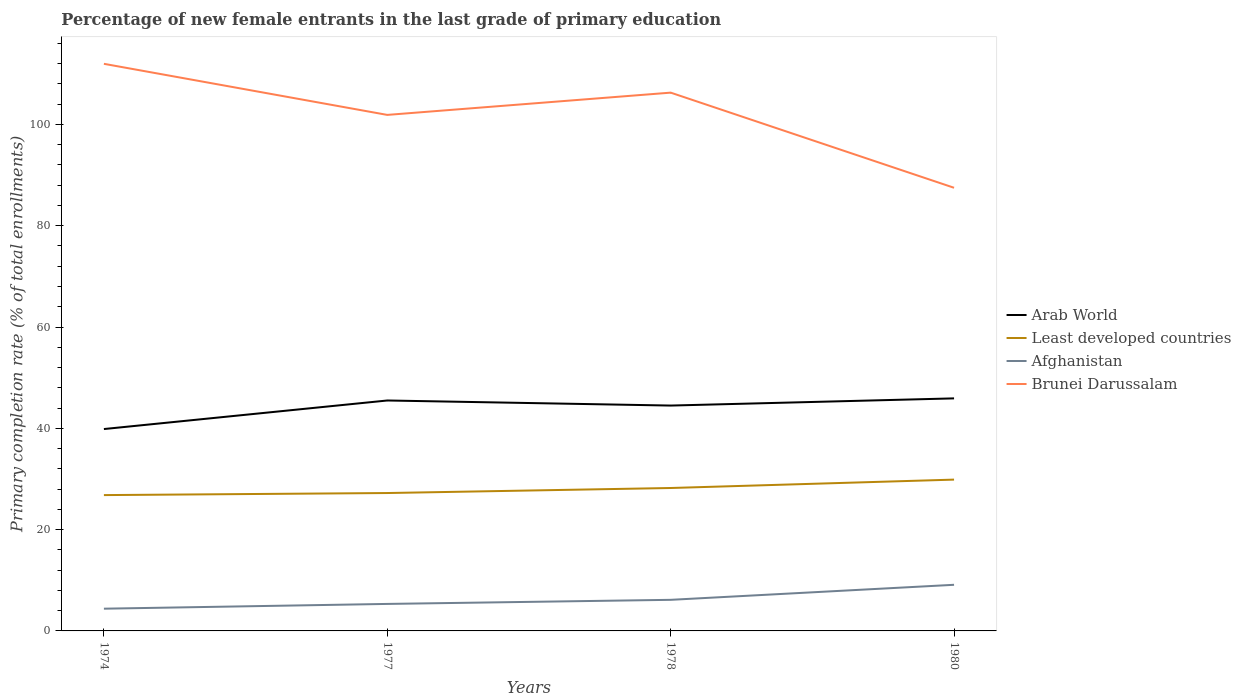
| Years | Arab World | Least developed countries | Afghanistan | Brunei Darussalam |
 | --- | --- | --- | --- | --- |
 | 1974 | 39.9 | 26.8 | 4.39 | 112 |
 | 1977 | 45.5 | 27.2 | 5.33 | 102 |
 | 1978 | 44.5 | 28.2 | 6.14 | 106 |
 | 1980 | 45.9 | 29.9 | 9.11 | 87.5 |